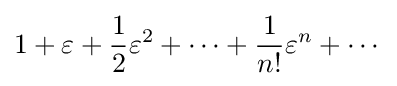
1+\varepsilon +{\frac {1}{2}}\varepsilon ^{2}+\cdots +{\frac {1}{n!}}\varepsilon ^{n}+\cdots